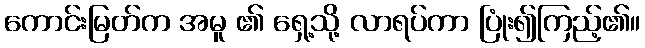
ကောင်းမြတ်က အမူ ၏ ရှေ့သို့ လာရပ်ကာ ပြုံး၍ကြည့်၏။